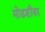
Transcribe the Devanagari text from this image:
मोडशीवर